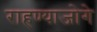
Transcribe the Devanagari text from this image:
राहण्याजोगे